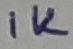
Text: 1K